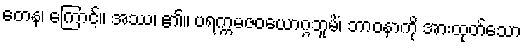
တေန၊ ကြောင့်။ အဿ၊ ၏။ ပရက္ကမဇဝယောဂ္ဂဘူမိံ၊ ဘာဝနာကို အားထုတ်သော